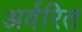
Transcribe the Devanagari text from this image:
अर्वरित